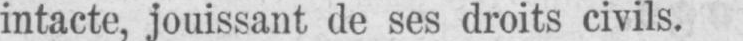
intacte, jouissant de ses droits civils.